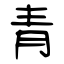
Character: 青